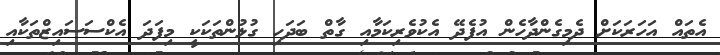
އެތައް އަހަރަކަށް ދެމިގެންދާހެން އުފެދޭ އެކުވެރިކަމާއި ގާތް ބަދަހި ގުޅުންތަކަކީ މިފަދަ އެކްސަސައިޒްތަކާއި